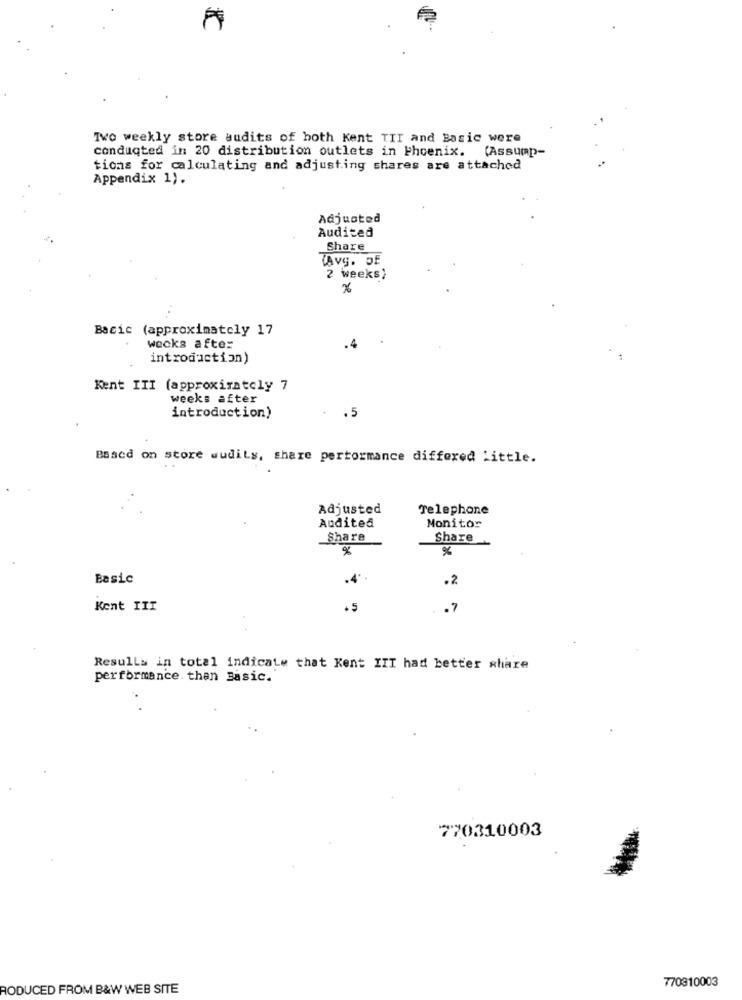
Tvo weekly store audits of both Kent TIT and Basic were
conduqted in 20 distribution outlets in Phoenix. (Assump-
ticas for calculating and adjusting shares are attached
Appendix 1).
Adjusted
Audited
Share
TAVG. DE
2 weeks?
Bacic (approximately 17
wecks after
introduction)
Kent III (approximately 7
weeks after
introduction)
.5
Based on store wudils, share performance differed little.
Adjusted
Telephone
Monitor
Audited
-
RE
Share
Share
Basic
.4
.2
Kent III
·5
.7
Resulla in total indicate that Kent IIT had better share
performance. then Basic.
770310003
770810003
RODUCED FROM B&W WEB SITE